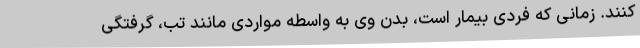
کنند. زمانی که فردی بیمار است، بدن وی به واسطه مواردی مانند تب، گرفتگی